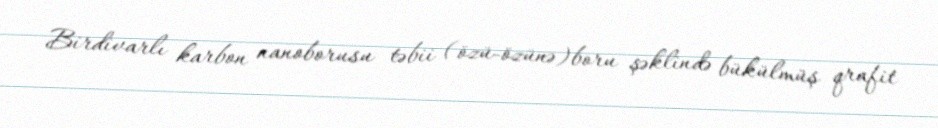
Birdivarlı karbon nanoborusu təbii (özü-özünə)boru şəklində bükülmüş qrafit